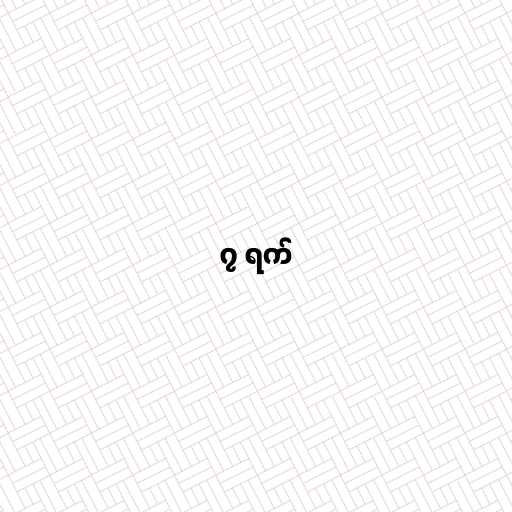
၇ ရက်